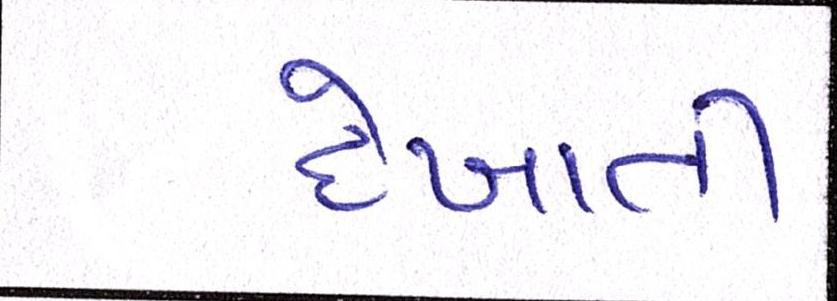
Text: દેખાતી